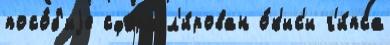
посо́б'иjе сформул'и́рован о́к'ис'и г'и́пса